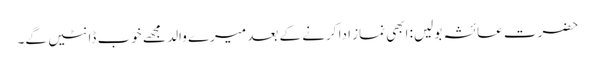
حضرت عائشہ بولیں: ابھی نماز ادا کرنے کے بعد میرے والد مجھے خوب ڈانٹیں گے۔